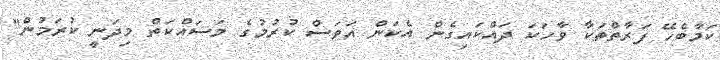
ކަމާބެހޭ ފަރާތްތަކާ ވާހަކަ ދައްކައިގެން އެކަން އަވަސް ކުރުމުގެ މަސައްކަތް މިދަނީ ކުރަމުން"